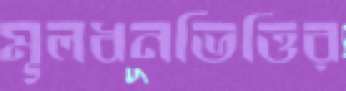
মূলধনভিত্তির